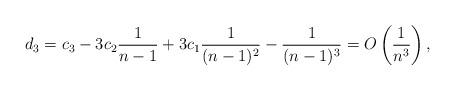
LaTeX: \begin{align*}d_3=c_3-3c_2\frac{1}{n-1}+3c_1\frac{1}{(n-1)^2}-\frac{1}{(n-1)^3}=O\left(\frac{1}{n^3}\right),\end{align*}